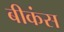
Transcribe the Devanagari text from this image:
बीकंस